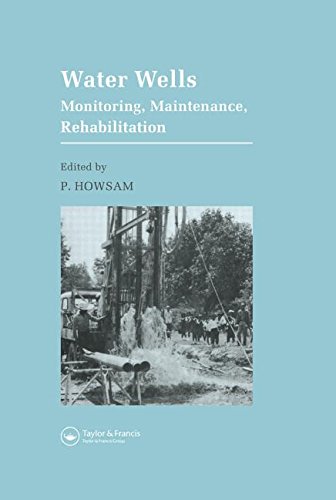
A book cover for Water Wells - Monitoring, Maintenance, Rehabilitation: Proceedings of the International Groundwater Engineering Conference, Cranfield Institute of Technology, UK; Science & Math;